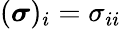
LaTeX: (\boldsymbol{\sigma})_{i}=\sigma_{ii}